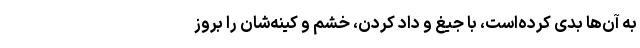
به آن‌ها بدی کرده‌است، با جیغ و داد کردن، خشم و کینه‌شان را بروز